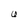
Character: U